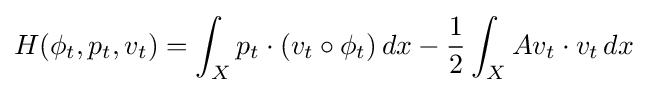
H(\phi _{t},p_{t},v_{t})=\int _{X}p_{t}\cdot (v_{t}\circ \phi _{t})\,dx-{\frac {1}{2}}\int _{X}Av_{t}\cdot v_{t}\,dx